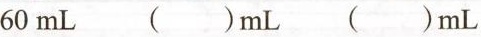
60mL ()mL()mL